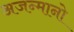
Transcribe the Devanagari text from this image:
अजन्मानो